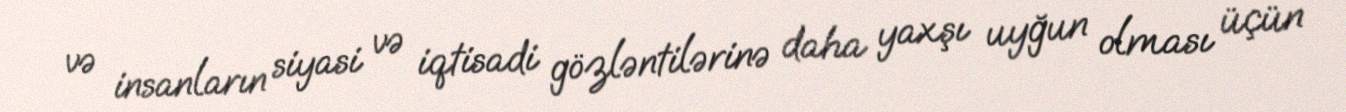
və insanların siyasi və iqtisadi gözləntilərinə daha yaxşı uyğun olması üçün